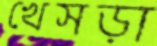
খেসড়া